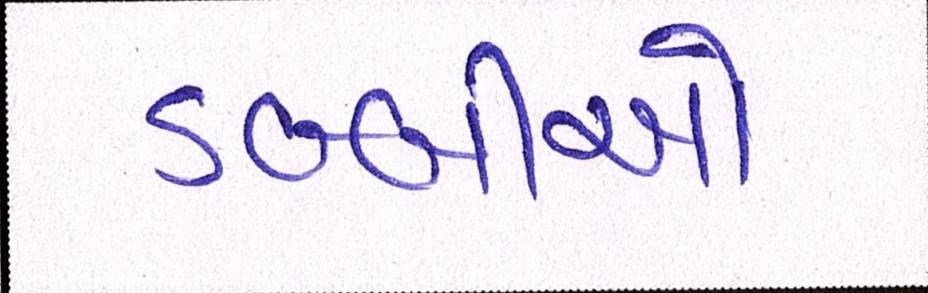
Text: ડબ્બીઓ